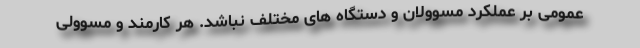
عمومی بر عملکرد مسوولان و دستگاه های مختلف نباشد. هر کارمند و مسوولی